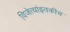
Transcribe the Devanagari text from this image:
विजेत्यांइतकीच